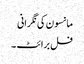
مانسون کی نگرانی
فل برائٹ ۔